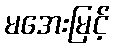
မအေးမြင့်